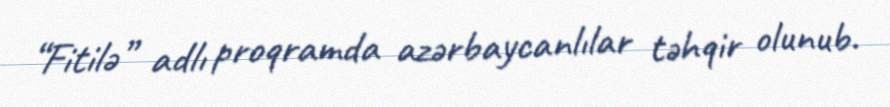
“Fitilə” adlı proqramda azərbaycanlılar təhqir olunub.